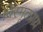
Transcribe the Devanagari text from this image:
विस्मृतप्राय